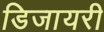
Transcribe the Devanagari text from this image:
डिजायरी